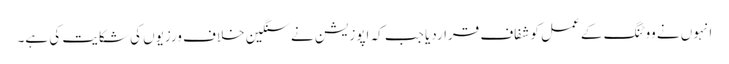
انہوں نے ووٹنگ کے عمل کو شفاف قراردیا جب کہ اپوزیشن نے سنگین خلاف ورزیوں کی شکایت کی ہے۔